system: You are a helpful assistant.
user:
Analyze the provided spectrum to determine if it is a **S-type Star**.

- **Key Indicators for S-type Star:**

    - **(Overall Spectrum Shape):** The first and most obvious characteristic is the overall continuum (the "baseline" shape). It is **extremely "red-sloping,"** meaning the flux (light intensity) is very low on the left side (blue, ~4000-4500 Å) and rises steeply and continuously toward the right side (red, ~7000 Å+).

    - **(Primary):** The spectrum is defined by the presence of strong, broad molecular absorption "valleys" (bands) from **Zirconium Oxide (ZrO)**. The identification of these bands is the **primary requirement** for classifying a star as S-type.
        - **(Key Bandheads):** You must find distinct, deep "dips" where the light has been absorbed. The most critical band systems to locate are:
            - **~6474 Å** ($\gamma$-system): This is often the strongest and clearest ZrO feature, found in the red part of the spectrum.
            - **~5718 Å** & **~5551 Å** ($\beta$-system): A pair of prominent absorption features in the yellow-orange part of the spectrum.
            - **~4640 Å** ($\alpha$-system): A key absorption band system in the blue-green region of the spectrum.

    - **(Secondary Confirmation):** The classification is strengthened by finding additional absorption bands from other related heavy element oxides, which are expected to be present alongside ZrO.
        - **(Key Bandheads):**
            - **Yttrium Oxide (YO):** Look for absorption dips near **~4800 Å** and **~6100 Å**.
            - **Lanthanum Oxide (LaO):** Additional absorption features, particularly in the red-orange part of the spectrum, are also characteristic.

    - **(Line Profile):** The combination of the steep red continuum and these numerous, deep molecular bands (ZrO, YO, etc.) gives the entire spectrum a very **"chopped-up"** or **"bumpy"** appearance. Instead of a smooth curve, the spectrum looks as though large, wide chunks of light have been "carved out" of it at the specific wavelengths listed above.

Think first, call **spectral_visualization_tool** if needed to examine features in detail, then provide your final answer. Your response must adhere to the following strict rules:
1.  **Overall Structure:** Your response must follow the format `<think>...</think> <tool_call>...</tool_call> (if a tool is used) <answer>...</answer>`.
2.  **Tool Usage Constraint:** You may only make **one** tool call per turn.
3.  **Final Answer Format:** In the `<answer>` tag, your conclusion must be inside a `\boxed{}` command (e.g., `\boxed{YES}` or `\boxed{NO}`), followed by your justification.

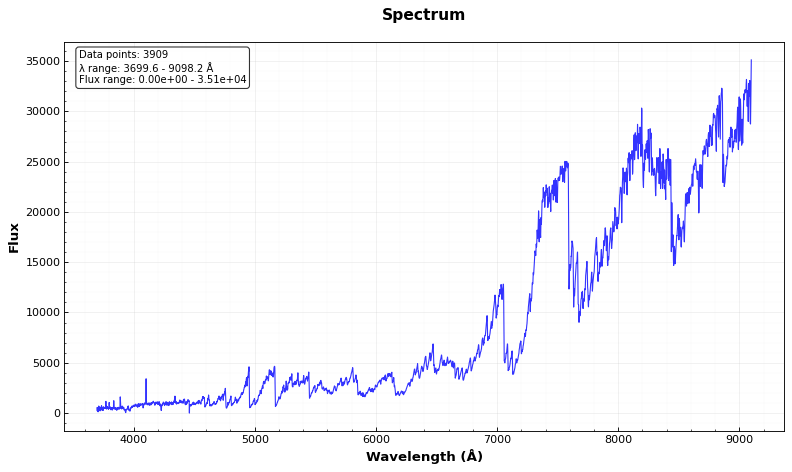
Answer: YES